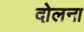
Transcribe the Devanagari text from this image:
दोलना